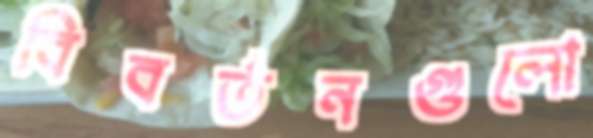
বিবর্তনগুলো